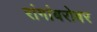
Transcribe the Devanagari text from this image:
रांगांबरोबर